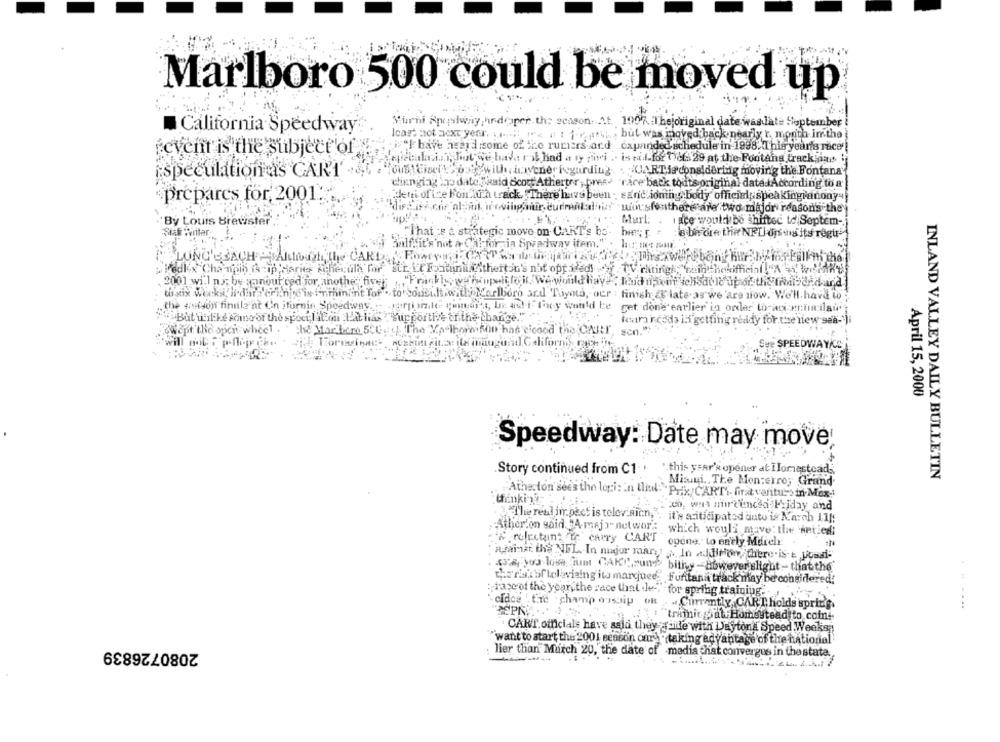
Marlboro 500 could be moved up
Murni Spelway, hr.doiper the season. At. 1007. The original date was late September
California Speedway
leart not next year. wat ine a : forseth, but was moved back nearly r. month imthe
"I have heard some of the rucers and expanded schedule in 1998. This year's rice
event is the subject of
ajebali ... ), but Ge hah rail had a ty pivi .. is vid-for tet. 29 at the Fontana track ias !
Tous Eineit > ouiywith, inyenericgurding ... UART is considering moving the Fontana'
ispeculation as GARI -&C
changing to date."hald dicot Atherter , pres- "race back touts original data. According to a'
prepares for, 2001 ...
deni of ice Fou th track. There have been - sand ioning body official speakingranony"
distasi cos albut, w oving mir. currentalin! min:sfo there are two major reason's the
By Louis Brewster
Murl: . ince would be shifted to Septem-
Sist wvilar
"That ;e a strategic move on CaRT's bo- he; r . e be dre the NFL ons its regu-
half. it's not a Cal fornia Speedway item." . har, memur.
LUNG'S SACH AL
2001 wi.1 ny; be-sanour ced for another five;
to six weeks, i dati erin 'is i'ninlint Tor . to consult with Marlboro ard Toyota, oer : finish & late.as we 'are now. We'll have wo ;
the 4mitson finale'nt C'n ifornie Speedway.
farti male pereaf a, In a4! IF fany would be get done earlier in order to acorintilaw;
"But ifilike sono of the spocil Em L'at lias , Supportive tr.the charge."
teararcoda ili getting ready for the new sea-')i
&Wept the opci wheel .
the Mar bere 5CG ... ] The Vo Ihormison had cicood the Chut !, son."
E SPEEDWAY/CZ
April 15, 2000
Speedway: Date may move
Story continued from C1
" this year's opener at Ilomesteads
, Misuni. The Monterro; Grand
INLAND VALLEY DAILY BULLETIN
thinkin-
Athe ton sees the logi: in tid: Prix CARTI firat vertus in- Mex-
Eco was mirt'enced Friday and
The real in pact is televisicn, . it's aciticipatod anto in March 11 !:
Atherton said. "A-maj)" network which would, mave: the weiledi
colecting to carry CAN'T opene to early Moich
nainst. the NFL. In nugor mary: . In addition, there.is & yossi-
43%, jos lose Gum CAK" sun" billy -however slight - that the'
the'ris: Sheleviaing its marquee Funtana track may be considered!
rapeof the year, the race that le-" for spring training.
cidce tic champ assaip oR .Currently, CART holds spring.
......
: "trimnicyhall Homestead to coin-
CART officials have said they ante with Jaytons Speed Weeks
2080726839
"want to start the 2001 seacon carlo taking advantage of the national
lier than March 20, the date of media that converges in the state.